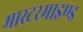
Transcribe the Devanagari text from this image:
मास्टरमाइण्ड